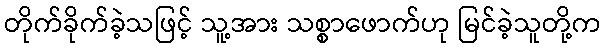
တိုက်ခိုက်ခဲ့သဖြင့် သူ့အား သစ္စာဖောက်ဟု မြင်ခဲ့သူတို့က